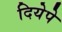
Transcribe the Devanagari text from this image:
दियेपे